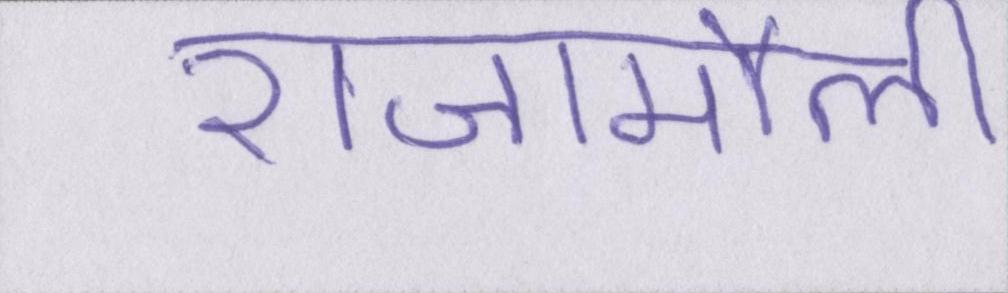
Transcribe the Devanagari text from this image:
राजामौली